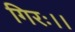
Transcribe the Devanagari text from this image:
गिरः।।